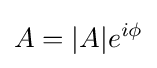
A=|A|e^{i\phi }